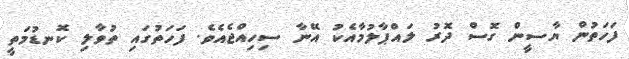
ފަހަތުން ޔާސީން ގޮސް ދޮރު ލައްޕާލުމާއެކު އޭނާ ސިހިއްޖެއެވެ. ފަހަތުގައި ތުވާލި ކޮނޑުމަތީ